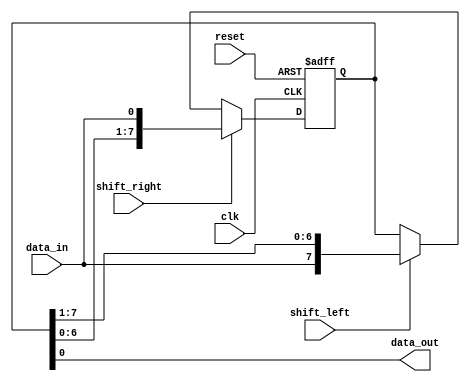
module shift_register (
    input wire clk,             // Clock input
    input wire reset,           // Reset input
    input wire shift_right,     // Shift right control signal
    input wire shift_left,      // Shift left control signal
    input wire data_in,         // Data input
    output reg data_out         // Data output
);

reg [7:0] reg_data;            // 8-bit shift register

always @(posedge clk or posedge reset) begin
    if (reset) begin
        reg_data <= 8'h00;
    end else begin
        if (shift_right) begin
            reg_data <= {reg_data[6:0], data_in};
        end else if (shift_left) begin
            reg_data <= {data_in, reg_data[7:1]};
        end
    end
end

assign data_out = reg_data;

endmodule